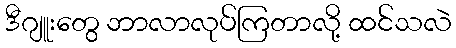
ဒီဂျူးတွေ ဘာလာလုပ်ကြတာလို့ ထင်သလဲ